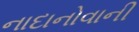
નાદાનોવાની